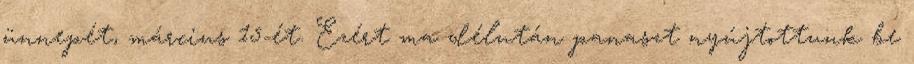
ünnepét, március 15-ét. Ezért ma délután panaszt nyújtottunk be